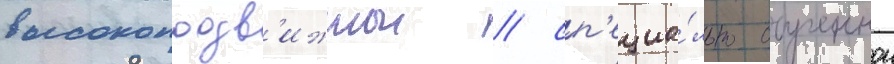
высокоподв'ижнои / сп'ециа́льно обученнои